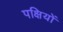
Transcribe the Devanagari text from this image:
पक्षियों